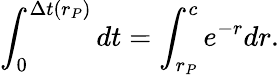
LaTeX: \int_{0}^{\Delta t(r_{P})}dt=\int_{r_{P}}^{c}e^{-r}dr.